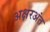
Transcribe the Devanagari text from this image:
अक्षरअंत